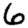
Digit: 6